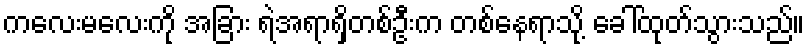
ကလေးမလေးကို အခြား ရဲအရာရှိတစ်ဦးက တစ်နေရာသို့ ခေါ်ထုတ်သွားသည်။